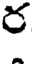
ర